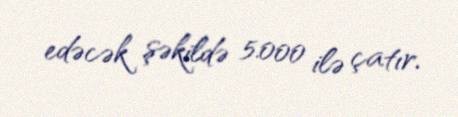
edəcək şəkildə 5.000 ilə çatır.